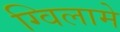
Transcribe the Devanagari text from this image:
ग्विलामे